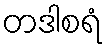
တဒါစရံ